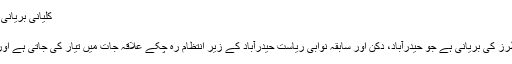
کلیانی بریانی - آزاد دائرۃ المعارف، ویکیپیڈیا
کلیانی بریانی
کلیانی بریانی ایک مخصوص طرز کی بریانی ہے جو حیدرآباد، دکن اور سابقہ نوابی ریاست حیدرآباد کے زیر انتظام رہ چکے علاقہ جات میں تیار کی جاتی ہے اور یہاں کے عوام میں مقبول ہے۔